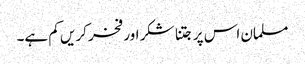
مسلمان اس پر جتنا شکر اور فخر کریں کم ہے۔